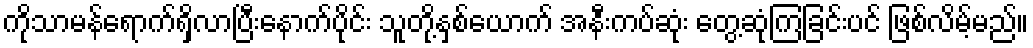
ကိုသာမန်ရောက်ရှိလာပြီးနောက်ပိုင်း သူတို့နှစ်ယောက် အနီးကပ်ဆုံး တွေ့ဆုံကြခြင်းပင် ဖြစ်လိမ့်မည်။